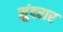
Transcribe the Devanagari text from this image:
सुंदरार